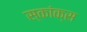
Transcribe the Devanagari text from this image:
स्कांक्स